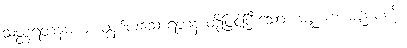
သတ္တရတနမယံ၊ ခုနစ်ပါးသောရတနာတို့ဖြင့်ပြီးသော။ မဏ္ဍပံ၊ မဏ္ဍပ်ကို။